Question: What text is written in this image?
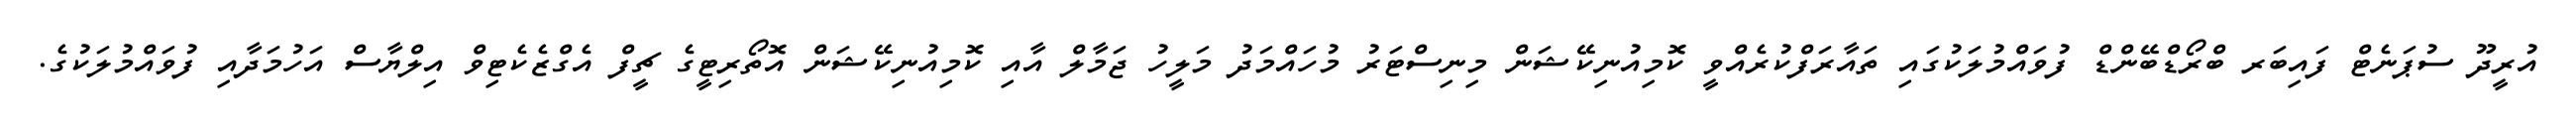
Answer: އުރީދޫ ސުޕަނެޓް ފައިބަރ ބްރޯޑްބޭންޑް ފުވައްމުލަކުގައި ތައާރަފްކުރެއްވީ ކޮމިއުނިކޭޝަން މިނިސްޓަރު މުހައްމަދު މަލީހު ޖަމާލް އާއި ކޮމިއުނިކޭޝަން އޮތޯރިޓީގެ ޗީފް އެގްޒެކެޓިވް އިލްޔާސް އަހުމަދާއި ފުވައްމުލަކުގެ.